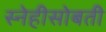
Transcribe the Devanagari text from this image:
स्नेहीसोबती